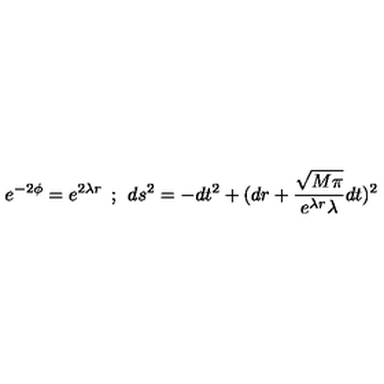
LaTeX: e ^ { - 2 \phi } = e ^ { 2 \lambda r } \: \: ; \: \: d s ^ { 2 } = - d t ^ { 2 } + ( d r + \frac { \sqrt { M \pi } } { e ^ { \lambda r } \lambda } d t ) ^ { 2 }